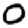
Digit: 0